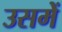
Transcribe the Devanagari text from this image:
उसमेें